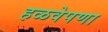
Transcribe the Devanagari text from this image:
हळवेपणा